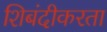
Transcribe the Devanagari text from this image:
शिबंदीकरता